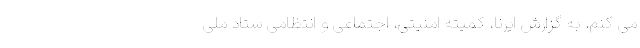
می کنم. به گزارش ایرنا، کمیته امنیتی، اجتماعی و انتظامی ستاد ملی